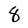
Character: 8